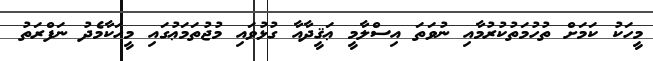
މީހަކު ކަމަށް ތުހުމަތުކުރުމާއި ނުވަތަ އިސްލާމީ ޢަޤީދާއާ ގުޅުވައި މުޖުތަމަޢުގައި މީހަކާމެދު ނަފްރަތު